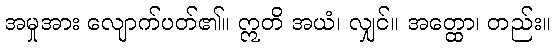
အမှုအား လျောက်ပတ်၏။ ဣတိ အယံ၊ လျှင်။ အတ္ထော၊ တည်း။